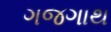
ગજગાથ